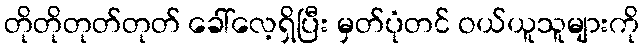
တိုတိုတုတ်တုတ် ခေါ်လေ့ရှိပြီး မှတ်ပုံတင် ဝယ်ယူသူများကို